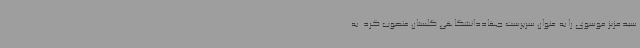
سیدعزیز موسوی را به عنوان سرپرست جهاددانشگاهی گلستان منصوب کرد. به